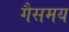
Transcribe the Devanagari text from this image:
गैसमय